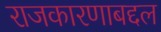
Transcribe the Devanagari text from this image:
राजकारणाबद्दल